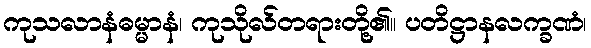
ကုသလာနံဓမ္မာနံ၊ ကုသိုလ်တရားတို့၏။ ပတိဋ္ဌာနလက္ခဏံ၊